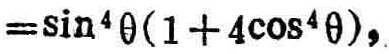
$=\sin ^{4}\theta(1 + 4\cos ^{4}\theta),$